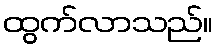
ထွက်လာသည်။